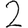
Digit: 2